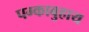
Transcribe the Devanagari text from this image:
पग्काबुहाय